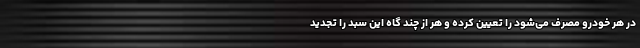
در هر خودرو مصرف می‌شود را تعیین کرده و هر از چند گاه این سبد را تجدید